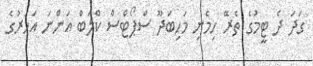
ގަދަ ދެ ޓީމުގެ ތެރޭ ހިމެނި މަހިބަދޫ ސްޕޯޓްސް ކްލަބް އަންނަ އަހަރުގެ